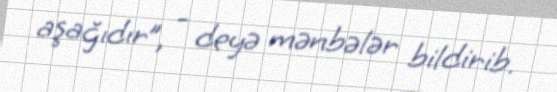
aşağıdır”, - deyə mənbələr bildirib.